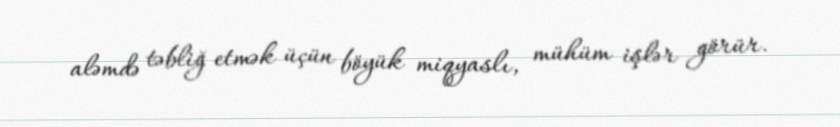
aləmdə təbliğ etmək üçün böyük miqyaslı, mühüm işlər görür.